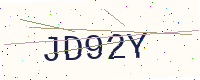
Text: JD92Y